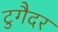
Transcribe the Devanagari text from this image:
टुगैदर